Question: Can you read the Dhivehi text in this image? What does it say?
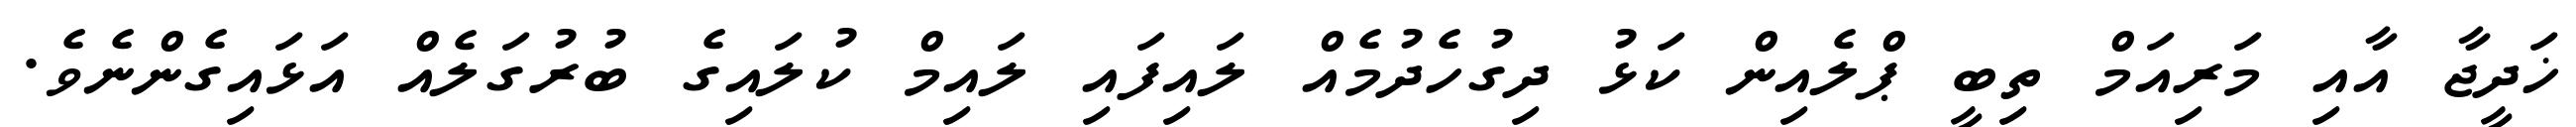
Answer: ޚަދީޖާ އާއި މަރިއަމް ތިބީ ޕްލެއިން ކަޅު ދިގުހެދުމެއް ލައިފައި ލައިމް ކުލައިގެ ބުރުގަލެއް އަޅައިގެންނެވެ.